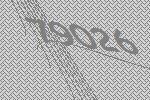
79026